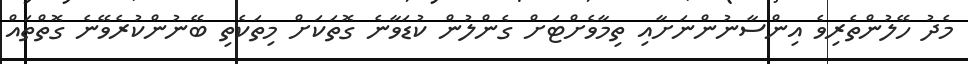
މެދު ހޭލުންތެރިވެ އިންސާނުންނަށާއި ތިމާވެށްޓަށް ގެންލުން ކުޑަވާނެ ގޮތަކަށް މިތަކެތި ބޭނުންކުރެވޭނެ ގޮތްތައް